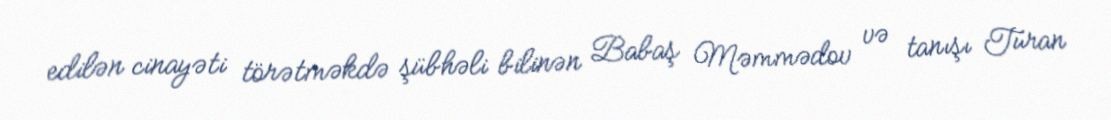
edilən cinayəti törətməkdə şübhəli bilinən Babaş Məmmədov və tanışı Turan